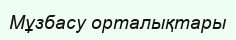
Мұзбасу орталықтары